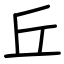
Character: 丘